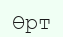
Өрт